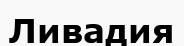
Ливадия